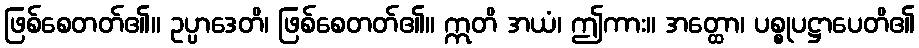
ဖြစ်စေတတ်၏။ ဥပ္ပာဒေတိ၊ ဖြစ်စေတတ်၏။ ဣတိ အယံ၊ ဤကား။ အတ္ထော၊ ပစ္စုပဋ္ဌာပေတိ၏